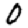
Digit: 0